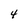
Character: 4